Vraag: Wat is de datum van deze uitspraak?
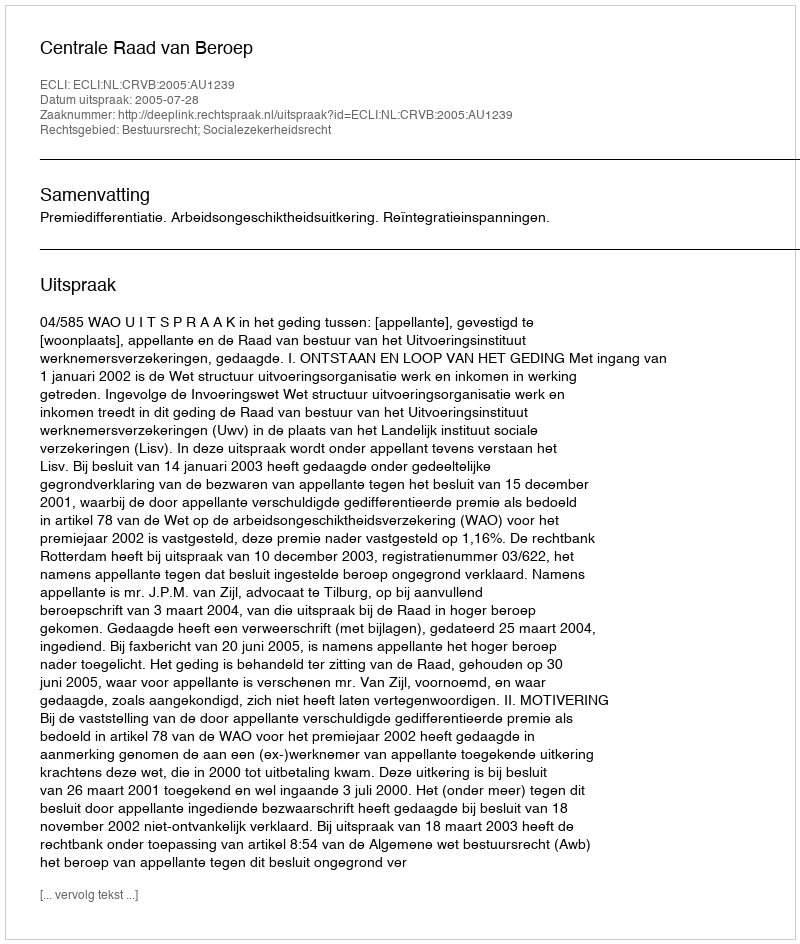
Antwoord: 2005-07-28